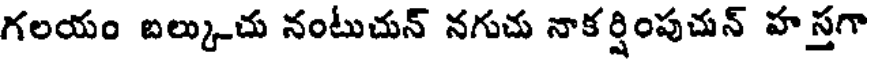
గలయం బల్కుచు నంటుచున్ నగుచు నాకర్షింపుచున్ హస్తగా